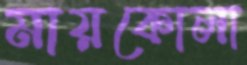
মায়কোলা